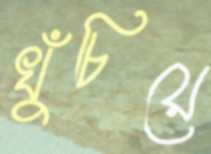
খুঁচিয়ে